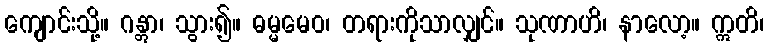
ကျောင်းသို့။ ဂန္တွာ၊ သွား၍။ ဓမ္မမေဝ၊ တရားကိုသာလျှင်။ သုဏာဟိ၊ နာလော့။ ဣတိ၊